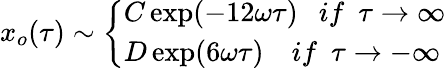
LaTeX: x_{o}(\tau)\sim\left\{ \begin{array}{l}{{C\exp(-12\omega\tau)\ \ \ if\ \ \tau\rightarrow\infty}}\\ {{D\exp(6\omega\tau)\ \ \ \ if\ \ \tau\rightarrow-\infty}}\end{array}\right.